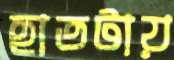
হাতটায়